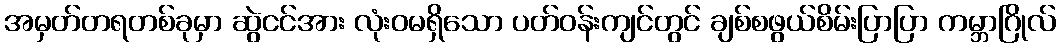
အမှတ်တရတစ်ခုမှာ ဆွဲငင်အား လုံးဝမရှိသော ပတ်ဝန်းကျင်တွင် ချစ်စဖွယ်စိမ်းပြာပြာ ကမ္ဘာဂြိုလ်